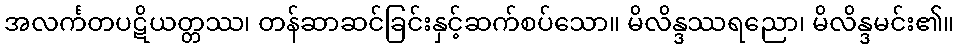
အလင်္ကတပဋိယတ္တဿ၊ တန်ဆာဆင်ခြင်းနှင့်ဆက်စပ်သော။ မိလိန္ဒဿရညော၊ မိလိန္ဒမင်း၏။